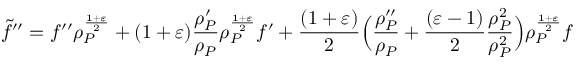
\widetilde { f } ^ { \prime \prime } = f ^ { \prime \prime } \rho _ { P } ^ { \frac { 1 + \varepsilon } { 2 } } + ( 1 + \varepsilon ) \frac { \rho _ { P } ^ { \prime } } { \rho _ { P } } \rho _ { P } ^ { \frac { 1 + \varepsilon } { 2 } } f ^ { \prime } + \frac { ( 1 + \varepsilon ) } { 2 } \Big ( \frac { \rho _ { P } ^ { \prime \prime } } { \rho _ { P } } + \frac { ( \varepsilon - 1 ) } { 2 } \frac { \rho _ { P } ^ { 2 } } { \rho _ { P } ^ { 2 } } \Big ) \rho _ { P } ^ { \frac { 1 + \varepsilon } { 2 } } f